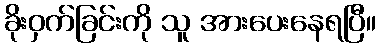
ခိုးဝှက်ခြင်းကို သူ အားပေးနေရပြီ။